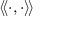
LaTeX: \langle \! \langle \cdot , \cdot \rangle \! \rangle